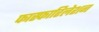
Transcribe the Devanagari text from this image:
फास्फारिलेशन